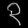
Digit: ၃